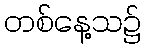
တစ်နေ့သ၌